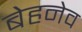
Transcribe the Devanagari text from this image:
बेहनेव